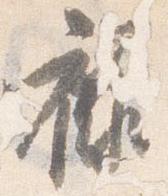
禄